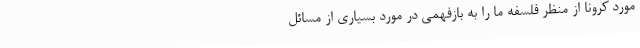
مورد کرونا از منظر فلسفه ما را به بازفهمی در مورد بسیاری از مسائل